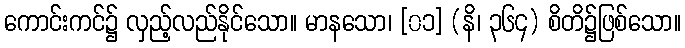
ကောင်းကင်၌ လှည့်လည်နိုင်သော။ မာနသော၊ [၀၁] (နိ၊ ၃၆၄) စိတိ၌ဖြစ်သော။